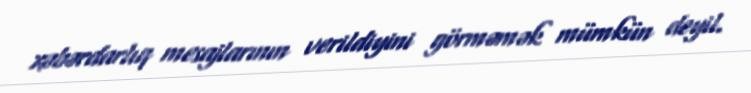
xəbərdarlıq mesajlarının verildiyini görməmək mümkün deyil.